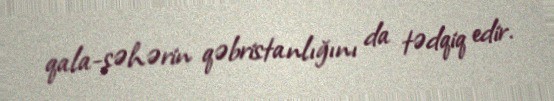
qala-şəhərin qəbristanlığını da tədqiq edir.